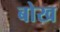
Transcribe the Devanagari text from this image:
बोख